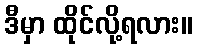
ဒီမှာ ထိုင်လို့ရလား။